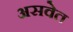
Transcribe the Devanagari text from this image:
असवेत